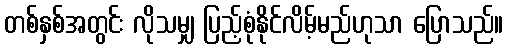
တစ်နှစ်အတွင်း လိုသမျှ ပြည့်စုံနိုင်လိမ့်မည်ဟုသာ ပြောသည်။